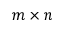
m \times n